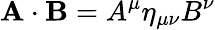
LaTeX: \mathbf{A}\cdot\mathbf{B}=A^{\mu}\eta_{\mu\nu}B^{\nu}